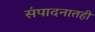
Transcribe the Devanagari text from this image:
संपादनातही